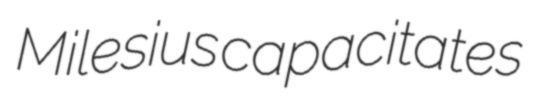
Milesius capacitates